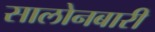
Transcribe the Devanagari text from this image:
सालोनबारी